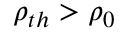
\rho _ { t h } > \rho _ { 0 }